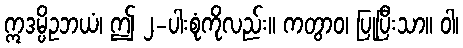
ဣဒမ္ပိဥဘယံ၊ ဤ ၂-ပါးစုံကိုလည်း။ ကတွာဝ၊ ပြုပြီးသာ။ ဝါ၊